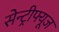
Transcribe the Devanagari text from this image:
सेन्ट्रीफ्यूज